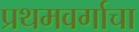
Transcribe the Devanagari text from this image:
प्रथमवर्गाचा